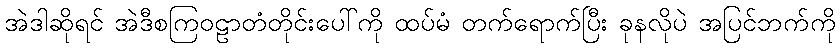
အဲဒါဆိုရင် အဲဒီစကြဝဠာတံတိုင်းပေါ်ကို ထပ်မံ တက်ရောက်ပြီး ခုနလိုပဲ အပြင်ဘက်ကို